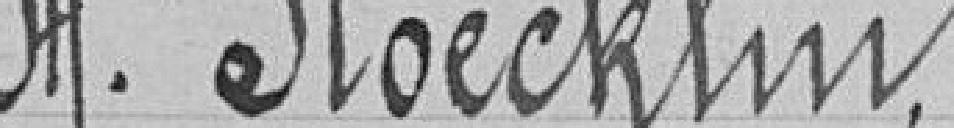
Monsieur Stoecklin